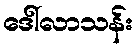
ဒေါ်လာသန်း